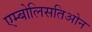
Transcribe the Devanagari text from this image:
एम्बोलिसतिओन